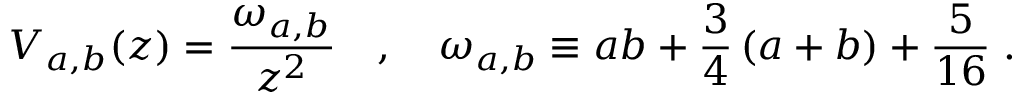
V _ { a , b } ( z ) = \frac { \omega _ { a , b } } { z ^ { 2 } } \quad , \quad \omega _ { a , b } \equiv a b + \frac { 3 } { 4 } \left( a + b \right) + \frac { 5 } { 1 6 } \; .